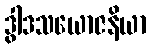
ဒွါဒသယောဇနိယာ